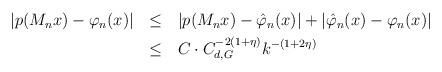
LaTeX: \begin{align*} \begin{aligned} |p(M_nx)-\varphi_n(x)| \:\:\: & \leq \:\:\: |p(M_nx)-\hat{\varphi}_n(x)|+|\hat{\varphi}_n(x)-\varphi_n(x)|\\ & \leq \:\:\: C\cdot C_{d,G}^{-2(1+\eta)}k^{-(1+2\eta)} \end{aligned}\end{align*}